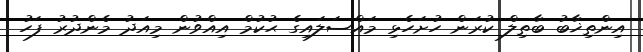
އިންތިޚާބު ބާތިލް ކުރަން ހުށަހެޅި މައްސަލައިގެ ޙުކުމް އިއްވުން މިއަދު މެންދުރު ފަހު